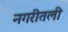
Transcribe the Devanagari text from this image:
नगरीतली